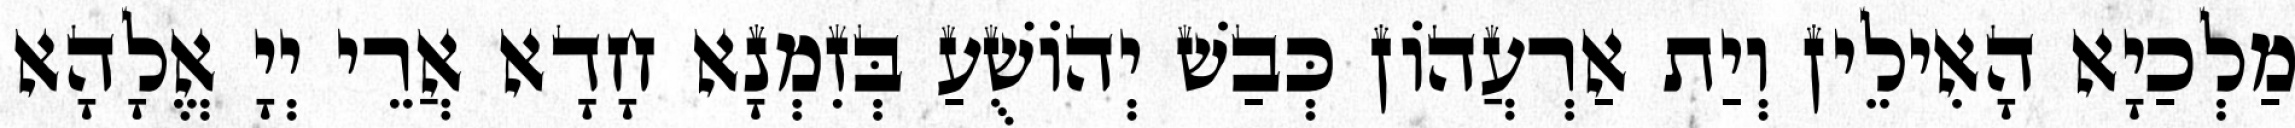
מַלְכַיָא הָאִילֵין וְיַת אַרְעֲהוֹן כְּבַשׁ יְהוֹשֻׁעַ בְּזִמְנָא חָדָא אֲרֵי יְיָ אֱלָהָא